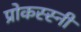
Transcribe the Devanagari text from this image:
प्रोकस्स्नी